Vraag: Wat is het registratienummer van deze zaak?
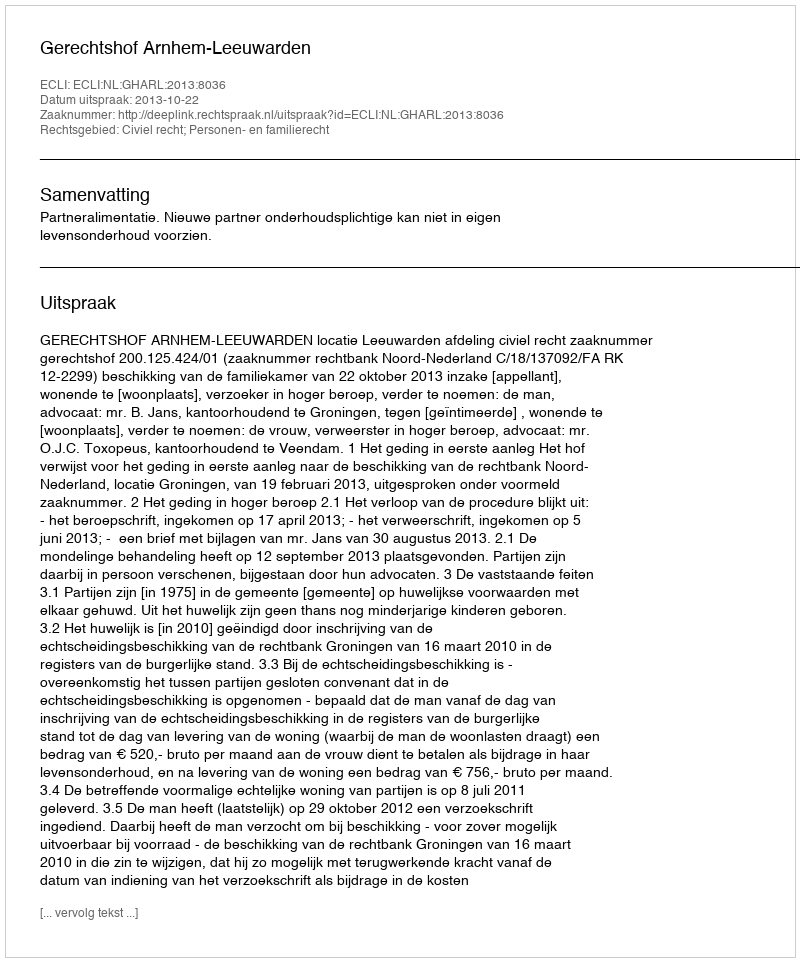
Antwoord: http://deeplink.rechtspraak.nl/uitspraak?id=ECLI:NL:GHARL:2013:8036